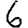
Digit: 6